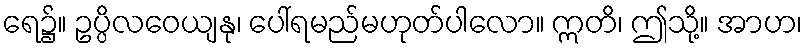
ရေ၌။ ဥပ္ပိလဝေယျနု၊ ပေါ်ရမည်မဟုတ်ပါလော။ ဣတိ၊ ဤသို့။ အာဟ၊